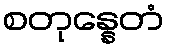
စတုန္နေတံ